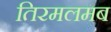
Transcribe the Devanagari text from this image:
तिरमलमब